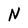
Character: N